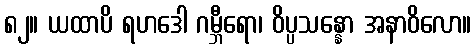
၈၂။ ယထာပိ ရဟဒေါ ဂမ္ဘီရော၊ ဝိပ္ပသန္နော အနာဝိလော။